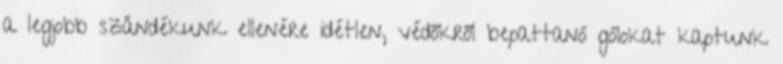
a legjobb szándékunk ellenére idétlen, védőkről bepattanó gólokat kaptunk